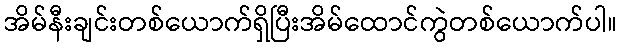
အိမ်နီးချင်းတစ်ယောက်ရှိပြီးအိမ်ထောင်ကွဲတစ်ယောက်ပါ။